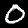
Digit: 0